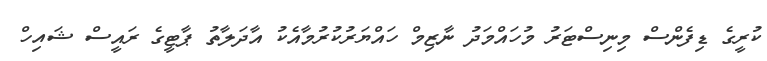
ކުރީގެ ޑިފެންސް މިނިސްޓަރު މުހައްމަދު ނާޒިމް ހައްޔަރުކުރުމާއެކު އާދަލާތު ޕާޓީގެ ރައީސް ޝައިހް